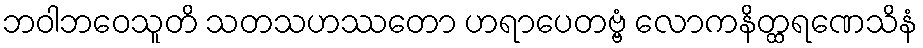
ဘဝါဘဝေသူတိ သတသဟဿတော ဟရာပေတဗ္ဗံ လောကနိတ္ထရဏေသိနံ